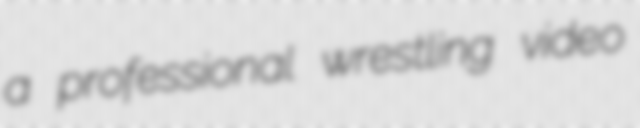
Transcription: a professional wrestling video